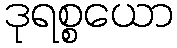
ဒုရစ္စယော